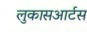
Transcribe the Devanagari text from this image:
लुकासआर्टस